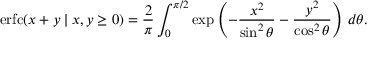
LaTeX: \operatorname { e r f c } ( x + y \mid x , y \geq 0 ) = { \frac { 2 } { \pi } } \int _ { 0 } ^ { \pi / 2 } \exp \left( - { \frac { x ^ { 2 } } { \sin ^ { 2 } \theta } } - { \frac { y ^ { 2 } } { \cos ^ { 2 } \theta } } \right) \, d \theta .